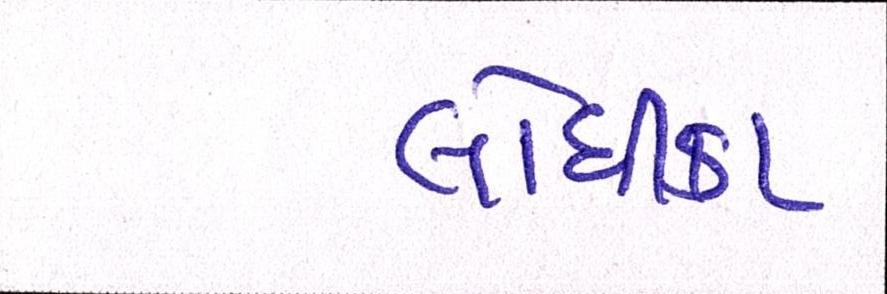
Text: લોધીકા